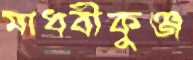
মাধবীকুঞ্জ